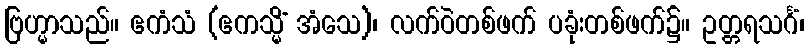
ဗြဟ္မာသည်။ ဧကံသံ (ဧကသ္မိံ အံသေ)၊ လက်ဝဲတစ်ဖက် ပခုံးတစ်ဖက်၌။ ဥတ္တရသင်္ဂံ၊